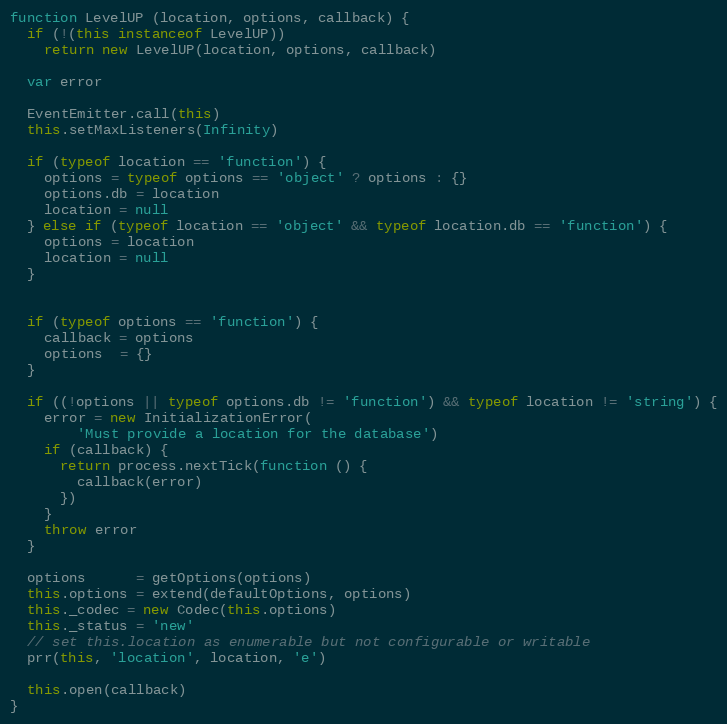
Language: JavaScript
function LevelUP (location, options, callback) {
  if (!(this instanceof LevelUP))
    return new LevelUP(location, options, callback)

  var error

  EventEmitter.call(this)
  this.setMaxListeners(Infinity)

  if (typeof location == 'function') {
    options = typeof options == 'object' ? options : {}
    options.db = location
    location = null
  } else if (typeof location == 'object' && typeof location.db == 'function') {
    options = location
    location = null
  }

  if (typeof options == 'function') {
    callback = options
    options  = {}
  }

  if ((!options || typeof options.db != 'function') && typeof location != 'string') {
    error = new InitializationError(
        'Must provide a location for the database')
    if (callback) {
      return process.nextTick(function () {
        callback(error)
      })
    }
    throw error
  }

  options      = getOptions(options)
  this.options = extend(defaultOptions, options)
  this._codec = new Codec(this.options)
  this._status = 'new'
  // set this.location as enumerable but not configurable or writable
  prr(this, 'location', location, 'e')

  this.open(callback)
}